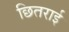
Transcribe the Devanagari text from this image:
छितराई